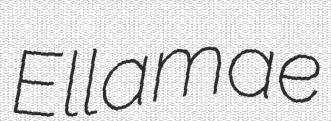
Ellamae